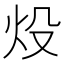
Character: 炈